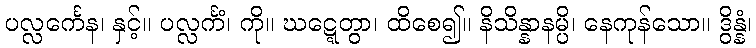
ပလ္လင်္ကေန၊ နှင့်။ ပလ္လင်္ကံ၊ ကို။ ဃဋ္ဋေတွာ၊ ထိစေ၍။ နိသိန္နာနမ္ပိ၊ နေကုန်သော။ ဒွိန္နံ၊